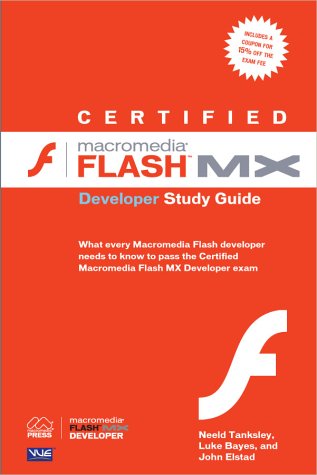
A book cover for Certified Macromedia Flash MX Developer Study Guide; Neeld Tanksley; Computers & Technology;